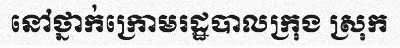
នៅថ្នាក់ក្រោមរដ្ឋបាលក្រុង ស្រុក